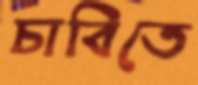
চাবিতে